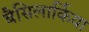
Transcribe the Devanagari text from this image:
बैसिलार्किया